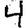
Digit: 4